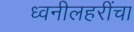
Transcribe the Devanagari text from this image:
ध्वनीलहरींचा